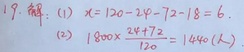
解：(1) \(x = 120 - 24 - 72 - 18 = 6\)。

(2) \(180\times\frac{24 + 72}{120}=144(km)\) 。